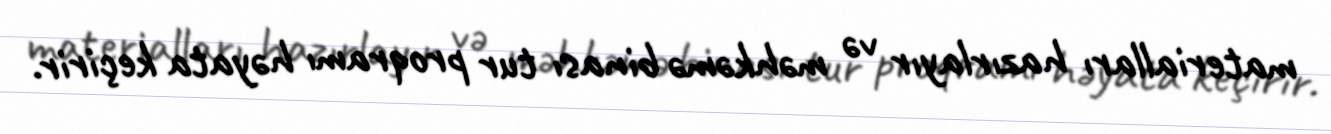
materialları hazırlayır və məhkəmə binası tur proqramı həyata keçirir.